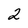
Character: 2